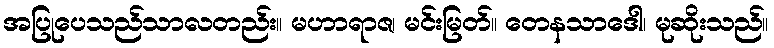
အပြုပေသည်သာလတည်း။ မဟာရာဇ၊ မင်းမြတ်။ တေနသာဒေါ၊ မုဆိုးသည်။